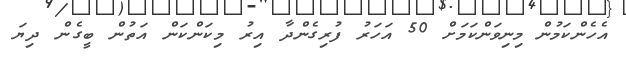
އެހެންކަމުން މިނިވަންކަމަށް 50 އަހަރު ފުރިގެންދާ އިރު މިކަންކަން އަތުން ބީގެން ދިޔަ